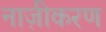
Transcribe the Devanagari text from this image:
नाज़ीकरण